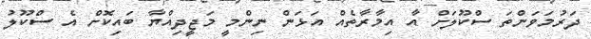
ދަރުމަވަންތަ ސްކޫލަށް އާ އިމާރާތެއް އަޅަން ނިންމީ މަޖީދިއްޔާ ބައިކޮށް އެ ސްކޫލު